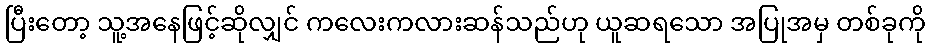
ပြီးတော့ သူ့အနေဖြင့်ဆိုလျှင် ကလေးကလားဆန်သည်ဟု ယူဆရသော အပြုအမှ တစ်ခုကို